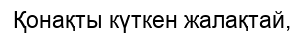
Қонақты күткен жалақтай,